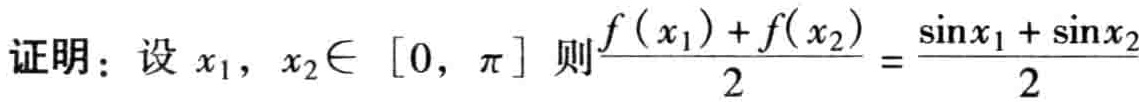
证明：设 \(x_1, x_2\in [0, \pi]\) 则\(\frac{f(x_1)+f(x_2)}{2}=\frac{\sin x_1 + \sin x_2}{2}\)